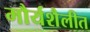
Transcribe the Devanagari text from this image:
मौर्यशैलीत